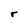
Character: r